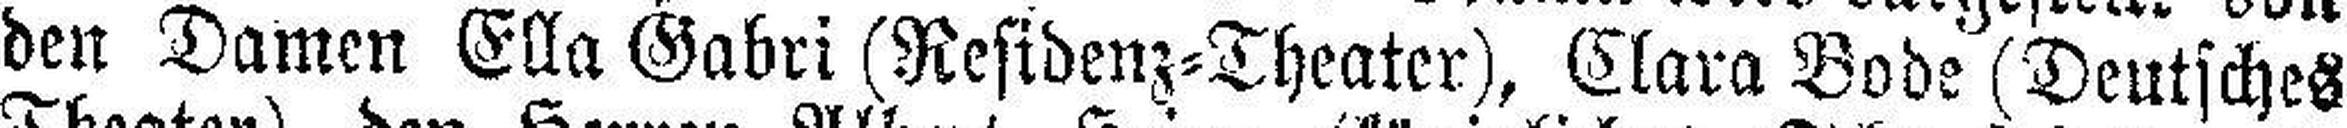
den Damen Ella Gabri (Residenz=Theater), Clara Bode (Deutsches